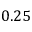
0 . 2 5